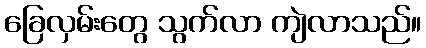
ခြေလှမ်းတွေ သွက်လာ ကျဲလာသည်။